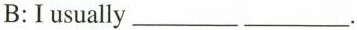
B:I usually ___ ___.